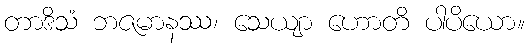
တာဒိသံ ဘဇမာနဿ၊ သေယျာ ဟောတိ ပါပိယော။